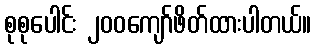
စုစုပေါင်း ၂၀၀ကျော်ဖိတ်ထားပါတယ်။